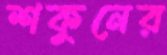
শকুনের